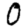
Digit: 0